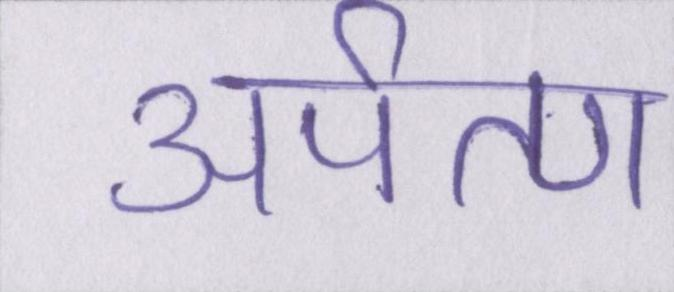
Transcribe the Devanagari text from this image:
अर्पण